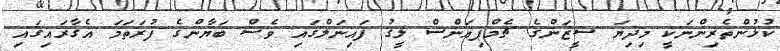
ކުޅުންތެރިންނަކީ މިދިޔަ ސީޒަންގެ ޗެމްޕިއަންސް ލީގު ފައިނަލްގައި ވެސް ބަޔާންގެ ފުރަތަމަ އެގާރައިގައި